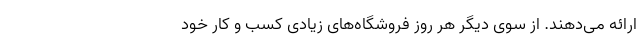
ارائه می‌دهند. از سوی دیگر هر روز فروشگاه‌های زیادی کسب و کار خود